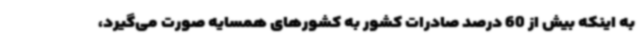
به اینکه بیش از 60 درصد صادرات کشور به کشورهای همسایه صورت می‌گیرد،